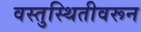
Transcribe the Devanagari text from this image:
वस्तुस्थितीवरून